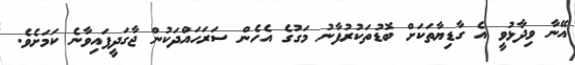
އޭނާ ވިދާޅުވީ އެ ގާޑިޔާތަކަށް ބޮޑުތަކުރުފާނު މަގުގެ އެހެން ސަރަހައްދަކުން ޖާގަދީފައިވާނެ ކަމަށެވެ.